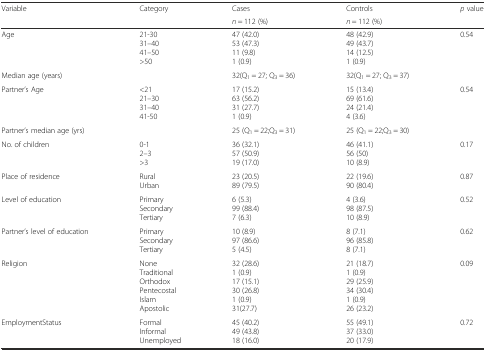
| <ROWSPAN=2> Variable | <ROWSPAN=2> Category | Cases | Controls | <ROWSPAN=2> p value |
 | n = 112 (%) | n = 112 (%) |
 | --- | --- | --- | --- | --- |
 | Age | 21-3031–4041–50>50 | 47 (42.0)53 (47.3)11 (9.8)1 (0.9) | 48 (42.9)49 (43.7)14 (12.5)1 (0.9) | 0.54 |
 | Median age (years) |  | 32(Q1 = 27; Q3 = 36) | 32(Q1 = 27; Q3 = 37) |  |
 | Partner’s Age | <2121–3031–4041-50 | 17 (15.2)63 (56.2)31 (27.7)1 (0.9) | 15 (13.4)69 (61.6)24 (21.4)4 (3.6) | 0.54 |
 | Partner’s median age (yrs) |  | 25 (Q1 = 22;Q3 = 31) | 25 (Q1 = 22;Q3 = 30) |  |
 | No. of children | 0-12–3>3 | 36 (32.1)57 (50.9)19 (17.0) | 46 (41.1)56 (50)10 (8.9) | 0.17 |
 | Place of residence | RuralUrban | 23 (20.5)89 (79.5) | 22 (19.6)90 (80.4) | 0.87 |
 | Level of education | PrimarySecondaryTertiary | 6 (5.3)99 (88.4)7 (6.3) | 4 (3.6)98 (87.5)10 (8.9) | 0.52 |
 | Partner’s level of education | PrimarySecondaryTertiary | 10 (8.9)97 (86.6)5 (4.5) | 8 (7.1)96 (85.8)8 (7.1) | 0.62 |
 | Religion | NoneTraditionalOrthodoxPentecostalIslamApostolic | 32 (28.6)1 (0.9)17 (15.1)30 (26.8)1 (0.9)31(27.7) | 21 (18.7)1 (0.9)29 (25.9)34 (30.4)1 (0.9)26 (23.2) | 0.09 |
 | EmploymentStatus | FormalInformalUnemployed | 45 (40.2)49 (43.8)18 (16.0) | 55 (49.1)37 (33.0)20 (17.9) | 0.72 |